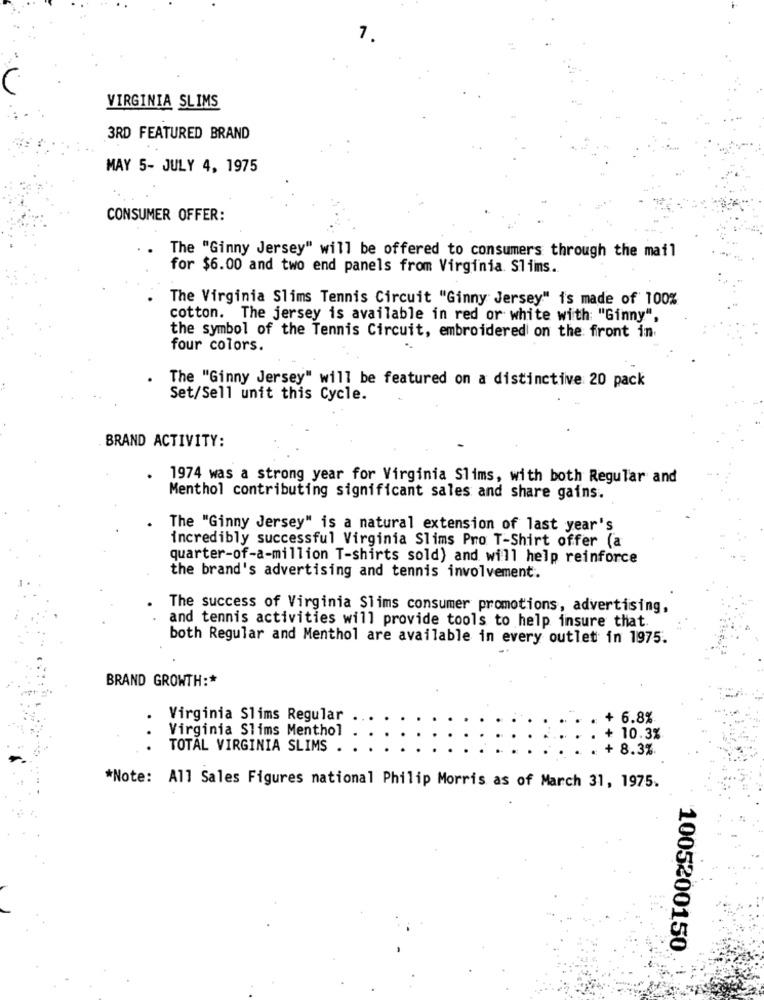
7
VIRGINIA SLIMS
3RD FEATURED BRAND
MAY 5- JULY 4, 1975
CONSUMER OFFER:
The "Ginny Jersey" will be offered to consumers through the mail
for $6.00 and two end panels from Virginia. Slimns.
The Virginia Slims Tennis Circuit "Ginny Jersey" is made of 100%
cotton. The jersey is available in red or white with: "Ginny",
the symbol of the Tennis Circuit, embroidered on the front in
four colors.
The "Ginny Jersey" will be featured on a distinctive 20 pack
Set/Sell unit this Cycle.
BRAND ACTIVITY:
. 1974 was a strong year for Virginia Slims, with both Regular and
Menthol contributing significant sales and share gains.
The "Ginny Jersey" is a natural extension of last year's
incredibly successful Virginia Slims Pro T-Shirt offer (a
quarter-of-a-million T-shirts sold) and will help reinforce
the brand's advertising and tennis involvement.
The success of Virginia Slims consumer promotions, advertising,
and tennis activities will provide tools to help insure that.
both Regular and Menthol are available in every outlet in 1975.
BRAND GROWTH :*
Virginia Slims Regular
+ 6.8%
Virginia Slims Menthol
..
10.3%
TOTAL VIRGINIA SLIMS .
8.3%
*Note: All Sales Figures national Philip Morris as of March 31, 1975.
1005200150